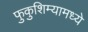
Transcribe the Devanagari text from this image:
फुकुशिम्यामध्ये